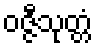
ဝဇ္ဇီသုတ္တံ